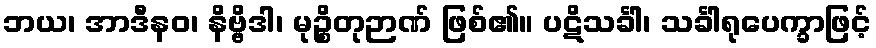
ဘယ၊ အာဒီနဝ၊ နိဗ္ဗိဒါ၊ မုဉ္စိတုဉာဏ် ဖြစ်၏။ ပဋိသင်္ခါ၊ သင်္ခါရုပေက္ခာဖြင့်